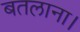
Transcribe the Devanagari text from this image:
बतलाना।